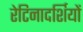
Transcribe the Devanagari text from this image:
रेटिनादर्शियों